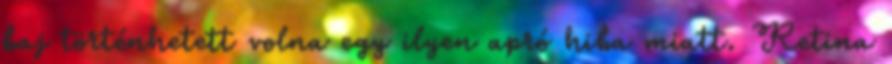
baj történhetett volna egy ilyen apró hiba miatt. Retina